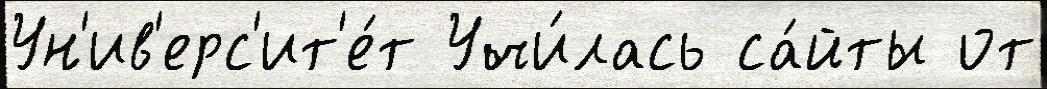
Ун'ив'ерс'ит'е́т Учи́лась са́йты от